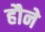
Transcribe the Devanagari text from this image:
हौने